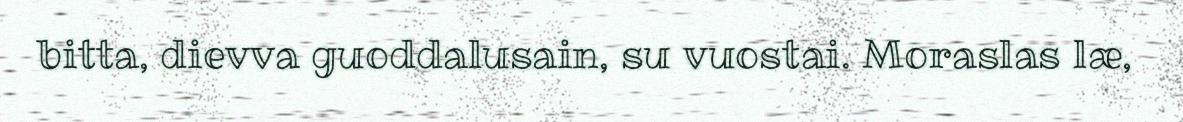
bitta, dievva guoddalusain, su vuostai. Moraslas læ,